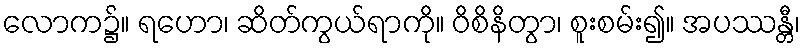
လောက၌။ ရဟော၊ ဆိတ်ကွယ်ရာကို။ ဝိစိနိတွာ၊ စူးစမ်း၍။ အပဿန္တီ၊